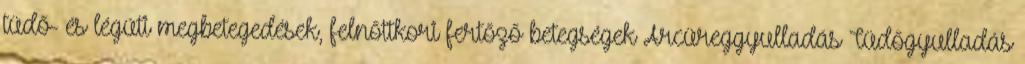
tüdő- és légúti megbetegedések, felnőttkori fertőző betegségek Arcüreggyulladás Tüdőgyulladás